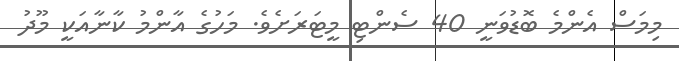
މިމަސް އެންމެ ބޮޑުވަނީ 40 ސެންޓި މީޓަރަށެވެ. މަހުގެ އާންމު ކާނާއަކީ މޫދު